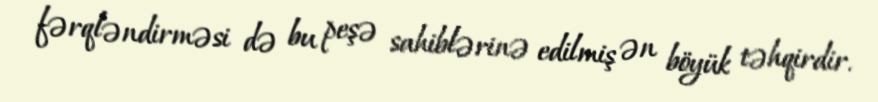
fərqləndirməsi də bu peşə sahiblərinə edilmiş ən böyük təhqirdir.